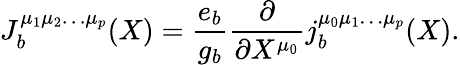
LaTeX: J_{b}^{\mu_{1}\mu_{2}\ldots\mu_{p}}(X)=\frac{e_{b}}{g_{b}}\frac{\partial}{\partial X^{\mu_{0}}}j_{b}^{\mu_{0}\mu_{1}\ldots\mu_{p}}(X).